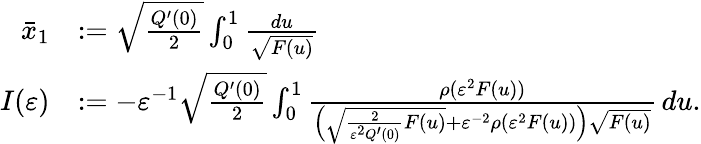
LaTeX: \begin{array}{rl}{\bar{x}_{1}}&{:=\sqrt{\frac{Q^{\prime}(0)}{2}}\int_{0}^{1}\frac{du}{\sqrt{F(u)}}}\\ {I(\varepsilon)}&{:=-\varepsilon^{-1}\sqrt{\frac{Q^{\prime}(0)}{2}}\int_{0}^{1}\frac{\rho(\varepsilon^{2}F(u))}{\left(\sqrt{\frac{2}{\varepsilon^{2}Q^{\prime}(0)}F(u)}+\varepsilon^{-2}\rho(\varepsilon^{2}F(u))\right)\sqrt{F(u)}}\, du.}\end{array}